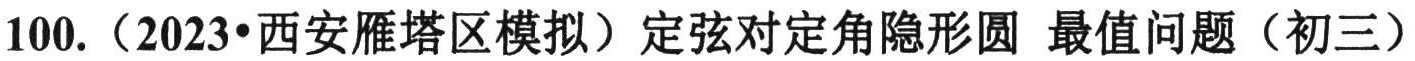
100.（2023•西安雁塔区模拟）定弦对定角隐形圆 最值问题（初三）